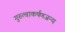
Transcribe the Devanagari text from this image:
गुरुत्वाकर्षणजन्य